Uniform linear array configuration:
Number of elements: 16
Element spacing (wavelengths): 0.25
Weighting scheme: cosine
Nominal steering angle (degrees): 0
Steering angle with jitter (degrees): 1.027
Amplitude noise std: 0.05
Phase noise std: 0.05

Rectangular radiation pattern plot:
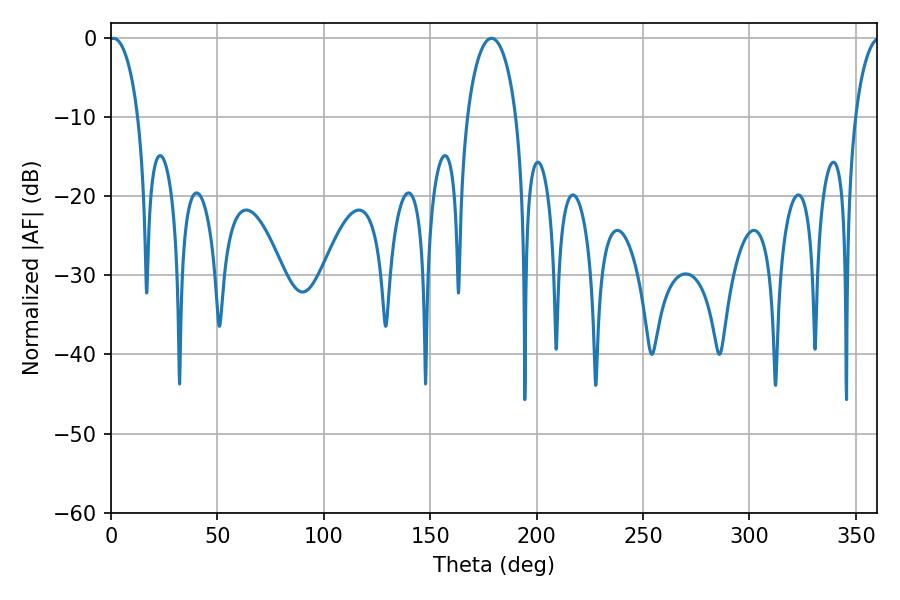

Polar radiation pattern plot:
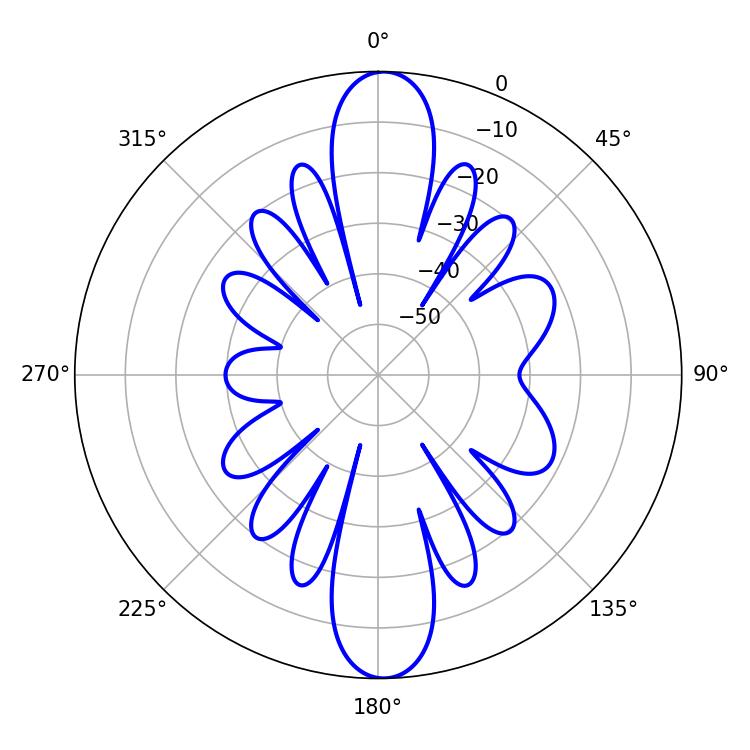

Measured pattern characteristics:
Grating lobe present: FALSE
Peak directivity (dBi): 21.703
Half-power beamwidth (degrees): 7.74
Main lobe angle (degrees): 1.26